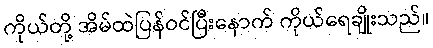
ကိုယ်တို့ အိမ်ထဲပြန်ဝင်ပြီးနောက် ကိုယ်ရေချိုးသည်။